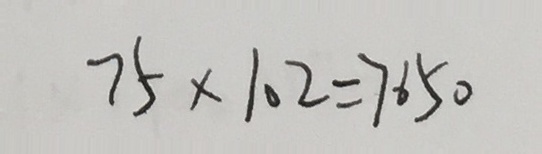
7 5 \times 1 0 2 = 7 6 5 0